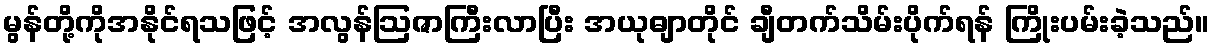
မွန်တို့ကိုအနိုင်ရသဖြင့် အလွန်ဩဇာကြီးလာပြီး အယုဓျာတိုင် ချီတက်သိမ်းပိုက်ရန် ကြိုးပမ်းခဲ့သည်။